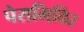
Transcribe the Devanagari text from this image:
पेरामिविर